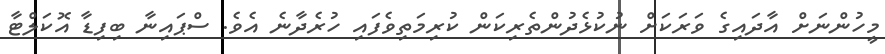
މީހުންނަށް އާދައިގެ ވަރަކަށް ނުކުޅެދުންތެރިކަން ކުރިމަތިވެފައި ހުރެދާނެ އެވެ. ސްޕައިނާ ބިފިޑާ އޮކަލްޓާ